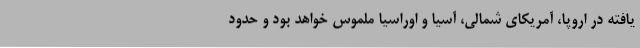
یافته در اروپا، آمریکای شمالی، آسیا و اوراسیا ملموس خواهد بود و حدود